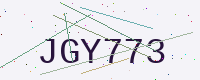
Text: JGY773